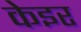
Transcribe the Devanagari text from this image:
केइर